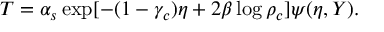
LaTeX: T = \alpha _ { s } \exp [ - ( 1 - \gamma _ { c } ) \eta + 2 \beta \log \rho _ { c } ] \psi ( \eta , Y ) .